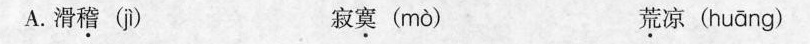
A.滑稽( jì ) 寂寞( mò ) 荒凉( huāng )